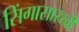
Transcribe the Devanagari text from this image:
सिंगासारखी